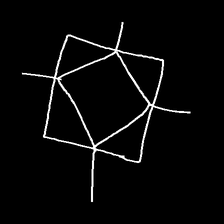
Glyph: light